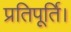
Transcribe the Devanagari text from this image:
प्रतिपूर्ति।